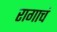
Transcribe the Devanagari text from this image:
रागाचं